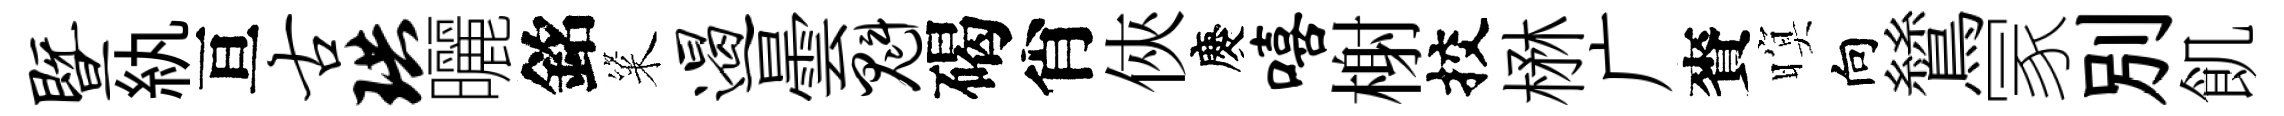
暨紈亘古珙曬銘粢遏曇魁碣肖俠慶嘻榭挍楙广賚暝向鷥冡別飢